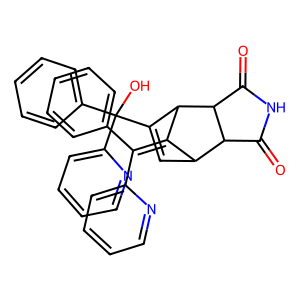
SMILES: O=C1NC(=O)C2C3C(C(O)(c4ccccc4)c4ccccn4)=CC(C3=C(c3ccccc3)c3ccccn3)C12
Inhibits HIV replication: No